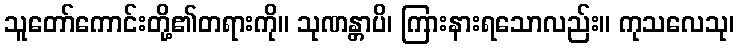
သူတော်ကောင်းတို့၏တရားကို။ သုဏန္တာပိ၊ ကြားနားရသောလည်း။ ကုသလေသု၊